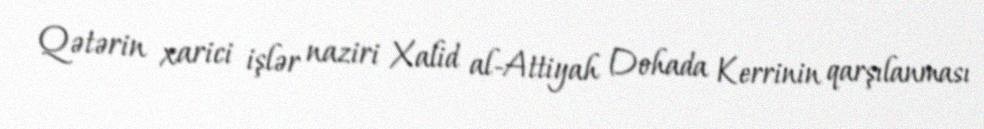
Qətərin xarici işlər naziri Xalid al-Attiyah Dohada Kerrinin qarşılanması